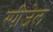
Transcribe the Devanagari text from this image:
स्पीजेल